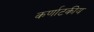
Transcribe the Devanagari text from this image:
कर्णाटकीय